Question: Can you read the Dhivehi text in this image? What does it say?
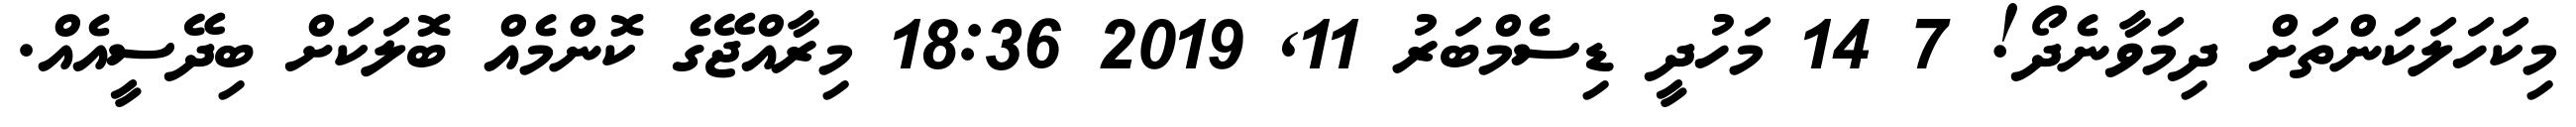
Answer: މިކަހަލަކަންތަށް ދިމަވާނެދޯ! 7 14 މަހުދީ ޑިސެމްބަރު 11, 2019 18:36 މިރާއްޖޭގެ ކޮންމެއް ބޮލަކަށް ބިދޭސީއެއް.